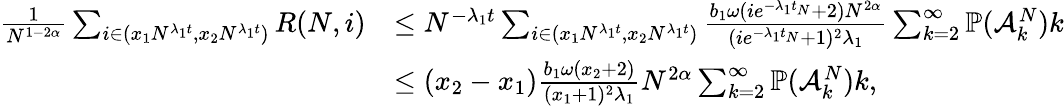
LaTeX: \begin{array}{rl}{\frac{1}{N^{1-2\alpha}}\sum_{i\in(x_{1}N^{\lambda_{1}t},x_{2}N^{\lambda_{1}t})}R(N,i)}&{\leq N^{-\lambda_{1}t}\sum_{i\in(x_{1}N^{\lambda_{1}t},x_{2}N^{\lambda_{1}t})}\frac{b_{1}\omega(ie^{-\lambda_{1}t_{N}}+2)N^{2\alpha}}{(ie^{-\lambda_{1}t_{N}}+1)^{2}\lambda_{1}}\sum_{k=2}^{\infty}\mathbb{P}(\mathcal{A}_{k}^{N})k}\\ &{\leq(x_{2}-x_{1})\frac{b_{1}\omega(x_{2}+2)}{(x_{1}+1)^{2}\lambda_{1}}N^{2\alpha}\sum_{k=2}^{\infty}\mathbb{P}(\mathcal{A}_{k}^{N})k,}\end{array}